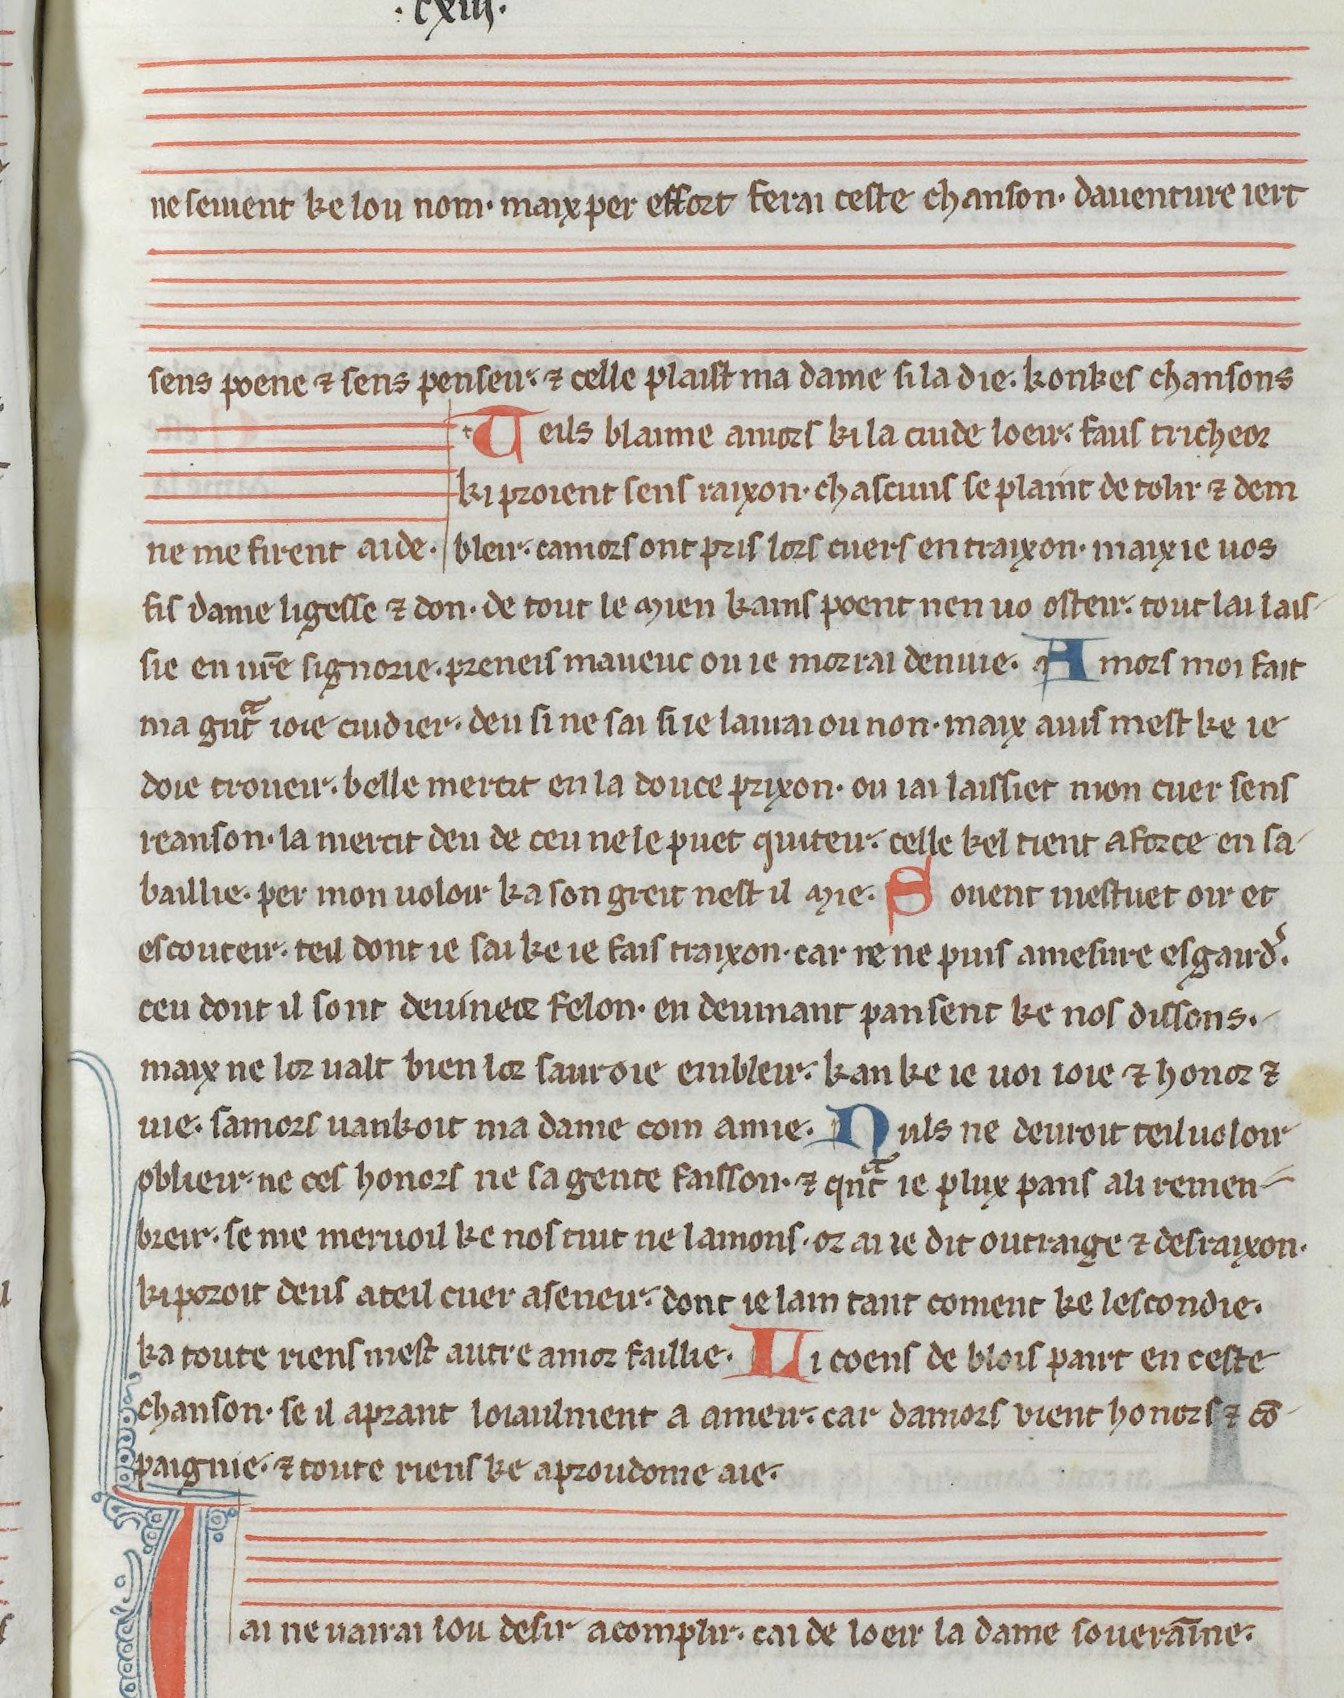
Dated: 1275–1299